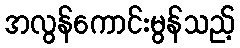
အလွန်ကောင်းမွန်သည့်